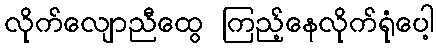
လိုက်လျောညီထွေ ကြည့်နေလိုက်ရုံပေါ့